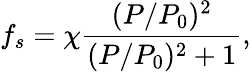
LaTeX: f_{s}=\chi\frac{(P/P_{0})^{2}}{(P/P_{0})^{2}+1},